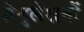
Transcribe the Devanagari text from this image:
ग्रेनुलेशनों